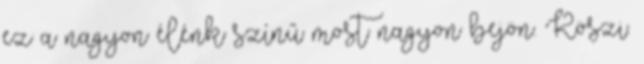
ez a nagyon élénk színű most nagyon bejön. Köszi.